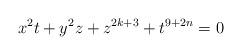
LaTeX: \begin{align*}x^2t+y^2z+z^{2k+3}+t^{9+2n}=0\end{align*}